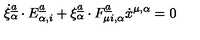
\dot { \xi } _ { \alpha } \sp { \underline { { a } } } \cdot E _ { \alpha , i } \sp { \underline { { a } } } + \xi _ { \alpha } \sp { \underline { { a } } } \cdot F _ { \mu i , \alpha } \sp { \underline { { a } } } \dot { x } \sp { \mu , \alpha } = 0